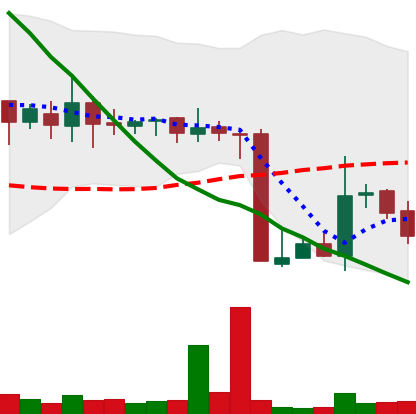
Ticker: XMR-USD
Chart end date: 2018-10-18
Forward return: 5.372%
Label: up_5_7